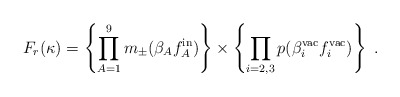
\begin{align*}F_r (\kappa) =\left\{ \prod^9_{A=1} m_\pm (\beta_A f^{\rm in}_A) \right\} \times \left\{ \prod_{i=2,3} p (\beta^{\rm vac}_i f^{\rm vac}_i) \right\} \ . \end{align*}